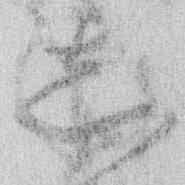
し